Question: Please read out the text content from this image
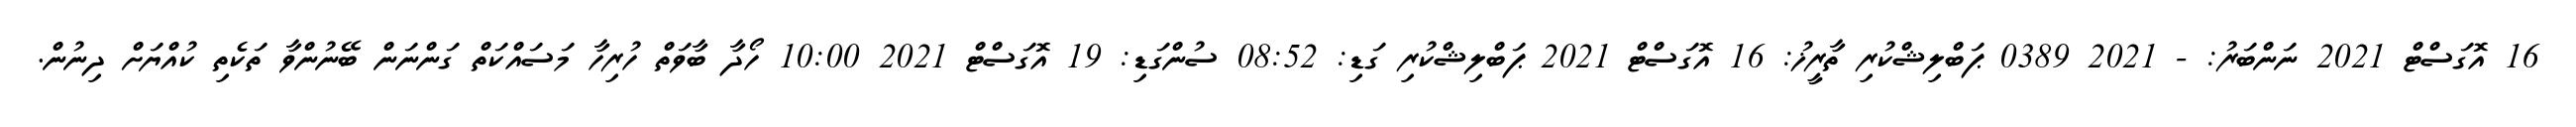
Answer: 16 އޮގަސްޓް 2021 ނަންބަރު: - 2021 0389 ޕަބްލިޝްކުރި ތާރީޚު: 16 އޮގަސްޓް 2021 ޕަބްލިޝްކުރި ގަޑި: 08:52 ސުންގަޑި: 19 އޮގަސްޓް 2021 10:00 ހޯދާ ބާވަތް ހުރިހާ މަސައްކަތް ގަންނަން ބޭނުންވާ ތަކެތި ކުއްޔަށް ދިނުން.